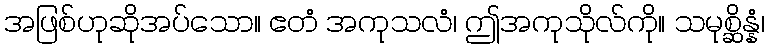
အဖြစ်ဟုဆိုအပ်သော။ ဧတံ အကုသလံ၊ ဤအကုသိုလ်ကို။ သမုစ္ဆိန္နံ၊